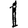
Digit: 1